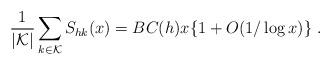
LaTeX: \begin{align*}\frac{1}{|{\mathcal K}|}\sum_{k\in {\mathcal K}}S_{hk}(x) =BC(h)x\{1+O(1/\log x)\}\ . \end{align*}